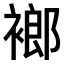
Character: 𧜛